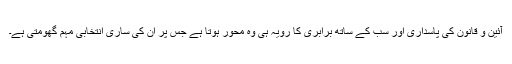
آئین و قانون کی پاسداری اور سب کے ساتھ برابری کا رویہ ہی وہ محور ہوتا ہے جس پر ان کی ساری انتخابی مہم گھومتی ہے۔